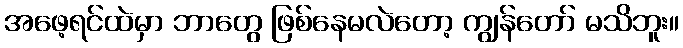
အဖေ့ရင်ထဲမှာ ဘာတွေ ဖြစ်နေမလဲတော့ ကျွန်တော် မသိဘူး။